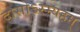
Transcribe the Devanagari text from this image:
दासोऽस्म्यहम्